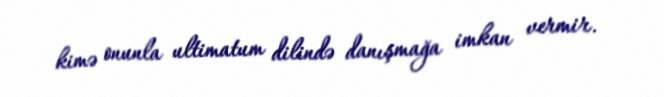
kimə onunla ultimatum dilində danışmağa imkan vermir.